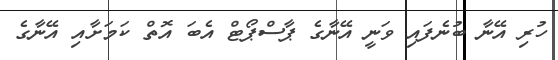
ހުރި އޭނާ ބުނެފައި ވަނީ އޭނާގެ ޕާސްޕޯޓް އެބަ އޮތް ކަމަށާއި އޭނާގެ